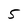
Character: 5